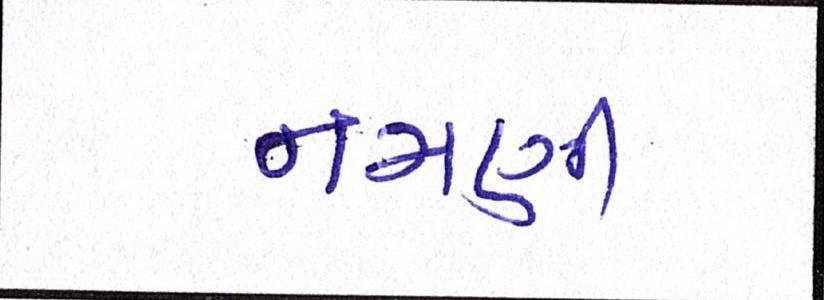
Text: નમણી